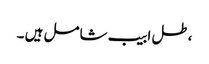
،طل ابیب شامل ہیں ۔